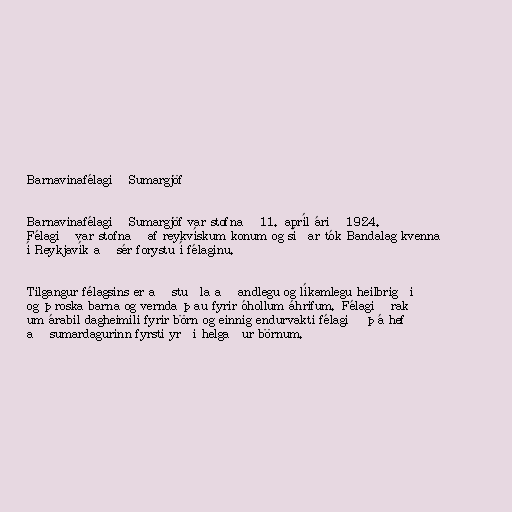
Barnavinafélagið Sumargjöf

Barnavinafélagið Sumargjöf var stofnað 11. apríl árið 1924.
Félagið var stofnað af reykvískum konum og síðar tók Bandalag kvenna
í Reykjavík að sér forystu í félaginu.

Tilgangur félagsins er að stuðla að andlegu og líkamlegu heilbrigði
og þroska barna og vernda þau fyrir óhollum áhrifum. Félagið rak
um árabil dagheimili fyrir börn og einnig endurvakti félagið þá hefð
að sumardagurinn fyrsti yrði helgaður börnum.